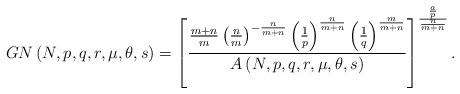
LaTeX: \begin{align*}GN\left( N,p,q,r,\mu,\theta,s\right) =\left[ \frac{\frac{m+n}{m}\left(\frac{n}{m}\right) ^{-\frac{n}{m+n}}\left( \frac{1}{p}\right) ^{\frac{n}{m+n}}\left( \frac{1}{q}\right) ^{\frac{m}{m+n}}}{A\left( N,p,q,r,\mu,\theta,s\right) }\right] ^{\frac{\frac{a}{p}}{\frac{n}{m+n}}}.\end{align*}